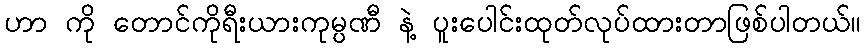
ဟာ ကို တောင်ကိုရီးယားကုမ္ပဏီ နဲ့ ပူးပေါင်းထုတ်လုပ်ထားတာဖြစ်ပါတယ်။